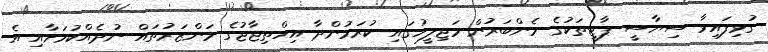
ގުޅިފައިވާ ސިޔާސީ ޕާޓީތަކުގެ މެންބަރުން މަޖިލީހުގައި ކުރަމުންދާ އިހްތިޖާޖުގެ މަންޒަރުތައް ނުދެއްކުމަށާއި އެ